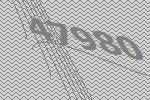
47980